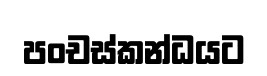
පංචස්කන්ධයට